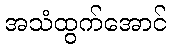
အသံထွက်အောင်